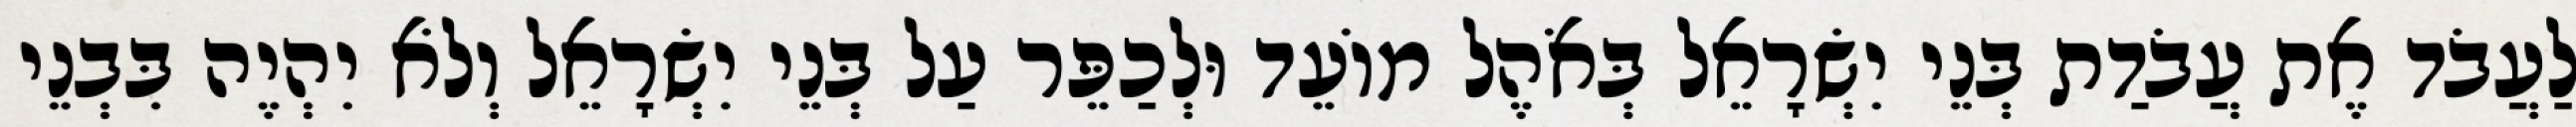
לַעֲבֹד אֶת עֲבֹדַת בְּנֵי יִשְׂרָאֵל בְּאֹהֶל מוֹעֵד וּלְכַפֵּר עַל בְּנֵי יִשְׂרָאֵל וְלֹא יִהְיֶה בִּבְנֵי